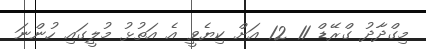
މިގްދާދު ގްރޭޑް 11 12 އަށް ކިޔެވީ އެ އަތުޅު މުލީގައި ހުންނަ